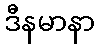
ဒီနမာနာ